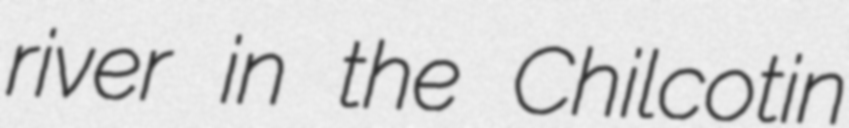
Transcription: river in the Chilcotin